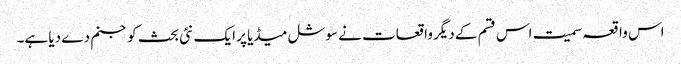
اس واقعہ سمیت اس قسم کے دیگر واقعات نے سوشل میڈیا پر ایک نئی بحث کو جنم دے دیا ہے۔